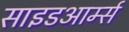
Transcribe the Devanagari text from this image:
साइडआर्म्स